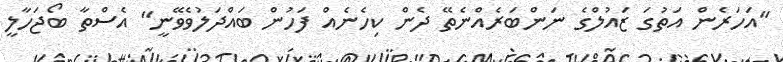
"އަހަރެން އަތުގަ ޒައުލްގެ ނަންބަރެއްނެތޭ ދެން ކިހެނެއް ފަހުން ބައްދަލުވެވޭނީ" އެސްތާ ބޯޖަހާލީ